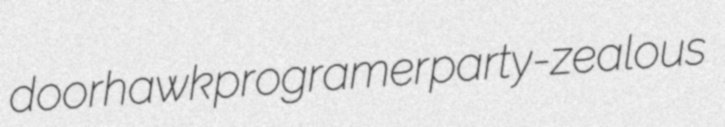
doorhawk programer party-zealous